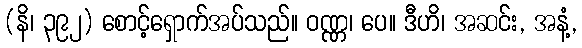
(နိ၊ ၃၉၂) စောင့်ရှောက်အပ်သည်။ ဝဏ္ဏ၊ ပေ။ ဒီဟိ၊ အဆင်း, အနံ့,